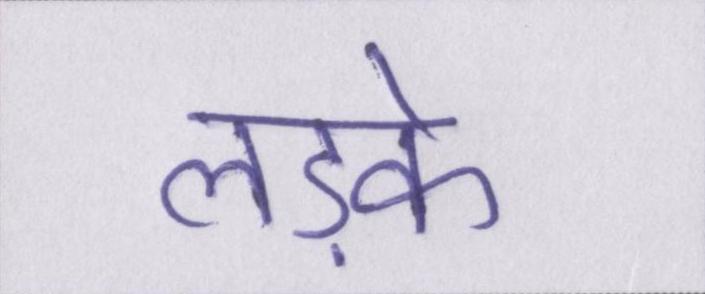
लड़के